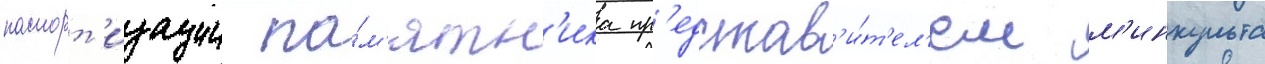
паспорт'изации па́м'ятн'ика пр'едстав'и́т'ел'ем м'инкульта